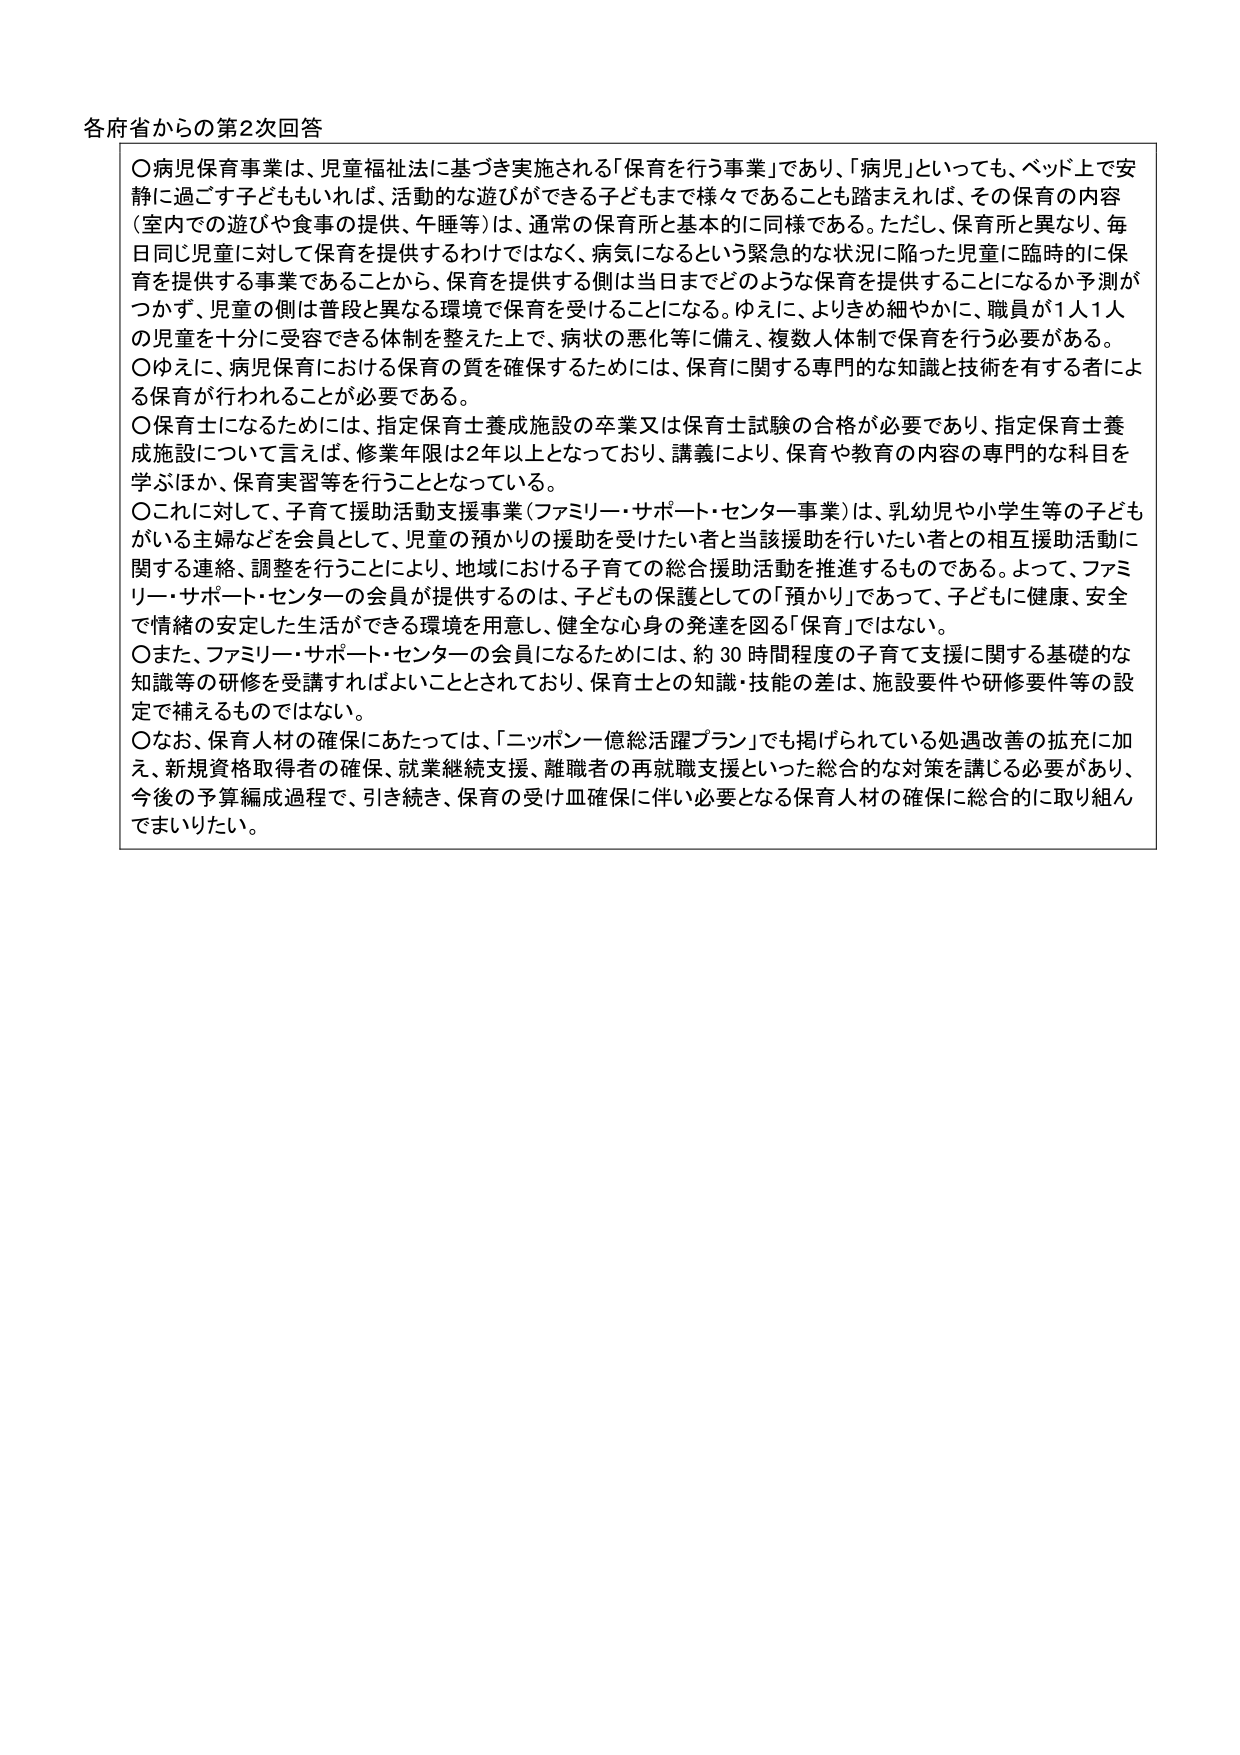
各府省からの第2次回答

〇病児保育事業は、児童福祉法に基づき実施される「保育を行う事業」であり、「病児」といっても、ベッド上で安静に過ごす子どももいれば、活動的な遊びができる子どもまで様々であることも踏まえれば、その保育の内容（室内での遊びや食事の提供、午睡等）は、通常の保育所と基本的に同様である。ただし、保育所と異なり、毎日同じ児童に対して保育を提供するわけではなく、病気になるという緊急的な状況に陥った児童に臨時的に保育を提供する事業であることから、保育を提供する側は当日までどのような保育を提供することになるか予測がつかず、児童の側は普段と異なる環境で保育を受けることになる。ゆえに、よりきめ細やかに、職員が1人1人の児童を十分に受容できる体制を整えた上で、病状の悪化等に備え、複数人体制で保育を行う必要がある。

〇ゆえに、病児保育における保育の質を確保するためには、保育に関する専門的な知識と技術を有する者による保育が行われることが必要である。

〇保育士になるためには、指定保育士養成施設の卒業又は保育士試験の合格が必要であり、指定保育士養成施設について言えば、修業年限は2年以上となっており、講義により、保育や教育の内容の専門的な科目を学ぶほか、保育実習等を行うこととなっている。

〇これに対して、子育て援助活動支援事業（ファミリー・サポート・センター事業）は、乳幼児や小学生等の子どもがいる主婦などを会員として、児童の預かりの援助を受けたい者と当該援助を行いたい者との相互援助活動に関する連絡、調整を行うことにより、地域における子育ての総合援助活動を推進するものである。よって、ファミリー・サポート・センターの会員が提供するのは、子どもの保護としての「預かり」であって、子どもに健康、安全で情緒の安定した生活ができる環境を用意し、健全な心身の発達を図る「保育」ではない。

〇また、ファミリー・サポート・センターの会員になるためには、約30時間程度の子育て支援に関する基礎的な知識等の研修を受講すればよいこととされており、保育士との知識・技能の差は、施設要件や研修要件等の設定で補えるものではない。

〇なお、保育人材の確保にあたっては、「ニッポン一億総活躍プラン」でも掲げられている処遇改善の拡充に加え、新規資格取得者の確保、就業継続支援、離職者の再就職支援といった総合的な対策を講じる必要があり、今後の予算編成過程で、引き続き、保育の受付皿確保に伴い必要となる保育人材の確保に総合的に取り組んでまいりたい。